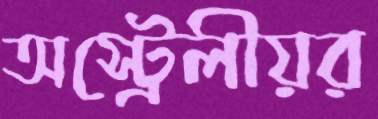
অস্ট্রেলীয়র